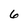
Character: 6